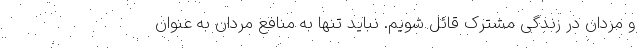
و مردان در زندگی مشترک قائل شویم. نباید تنها به منافع مردان به عنوان